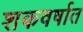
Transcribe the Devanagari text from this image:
शकवर्षात